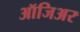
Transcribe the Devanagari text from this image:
ऑजिअर